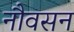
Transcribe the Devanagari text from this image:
नौवसन